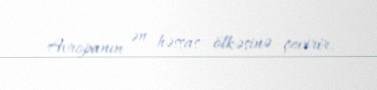
Avropanın ən həssas ölkəsinə çevirir.